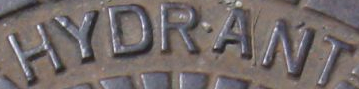
HYDRANT